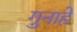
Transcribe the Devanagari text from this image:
गुनाहे